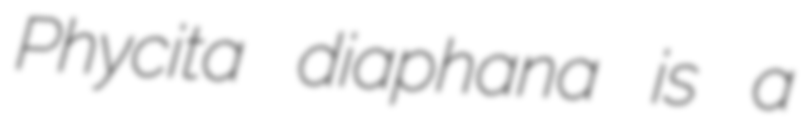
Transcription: Phycita diaphana is a